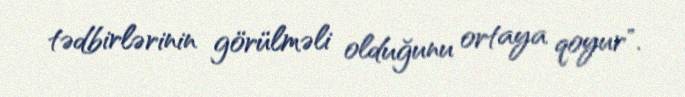
tədbirlərinin görülməli olduğunu ortaya qoyur".